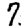
Digit: 7